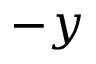
- y